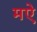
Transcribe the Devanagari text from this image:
मऐ